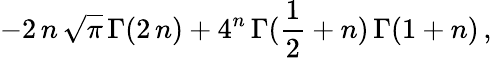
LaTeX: -2\, n\, {\sqrt{\pi}}\, {\Gamma}(2\, n)+{4^{n}}\, {\Gamma}({\frac{1}{2}}+n)\, {\Gamma}(1+n)\, ,